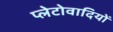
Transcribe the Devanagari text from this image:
प्लेटोवादियों